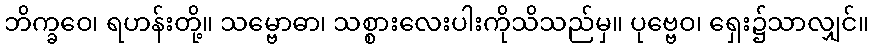
ဘိက္ခဝေ၊ ရဟန်းတို့။ သမ္ဗောဓာ၊ သစ္စားလေးပါးကိုသိသည်မှ။ ပုဗ္ဗေဝ၊ ရှေး၌သာလျှင်။